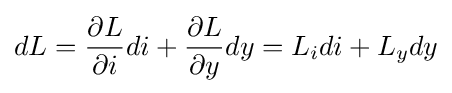
dL={\frac {\partial L}{\partial i}}di+{\frac {\partial L}{\partial y}}dy=L_{i}di+L_{y}dy